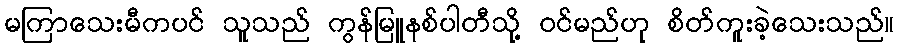
မကြာသေးမီကပင် သူသည် ကွန်မြူနစ်ပါတီသို့ ဝင်မည်ဟု စိတ်ကူးခဲ့သေးသည်။